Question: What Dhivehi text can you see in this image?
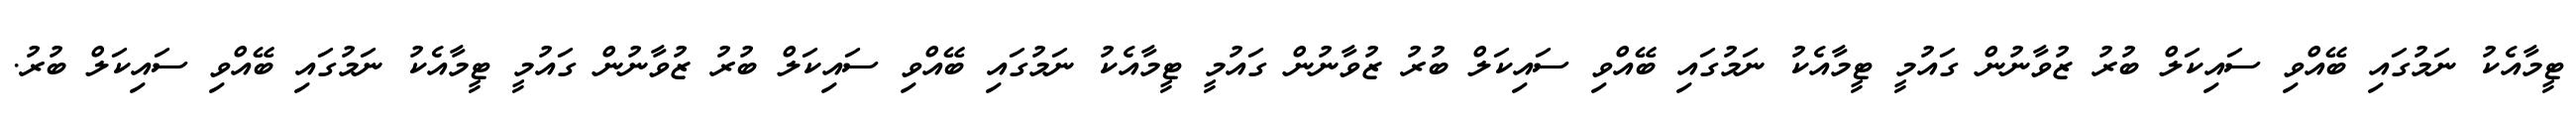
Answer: ޓީމާއެކު ނަމުގައި ބޭއްވި ސައިކަލް ބުރު ޒުވާނުން ގައުމީ ޓީމާއެކު ނަމުގައި ބޭއްވި ސައިކަލް ބުރު ޒުވާނުން ގައުމީ ޓީމާއެކު ނަމުގައި ބޭއްވި ސައިކަލް ބުރު ޒުވާނުން ގައުމީ ޓީމާއެކު ނަމުގައި ބޭއްވި ސައިކަލް ބުރު.